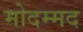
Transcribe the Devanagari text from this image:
मोदम्मद